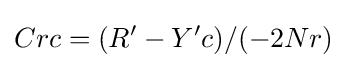
Crc=(R'-Y'c)/(-2Nr)